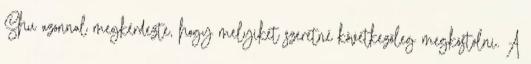
Shu azonnal megkérdezte, hogy melyiket szeretné következőleg megkóstolni. A